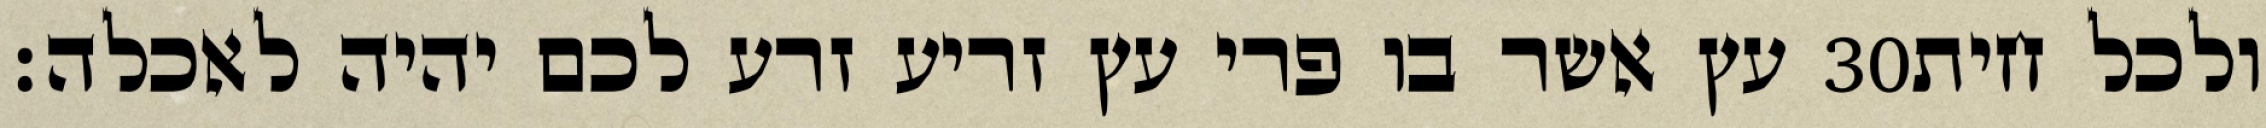
עץ אשר בו פרי עץ זריע זרע לכם יהיה לאכלה׃ ‎30‏ ולכל חית